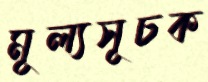
মূল্যসূচক